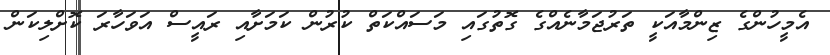
އެމީހުންގެ ޒިންމާއަކީ ތަރުޖަމާނެއްގެ ގޮތުގައި މަސައްކަތް ކުރުން ކަމަށާއި ރައީސް އަވަހާރަ ކޮށްލިކަން